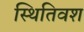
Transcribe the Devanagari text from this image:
स्थितिवश